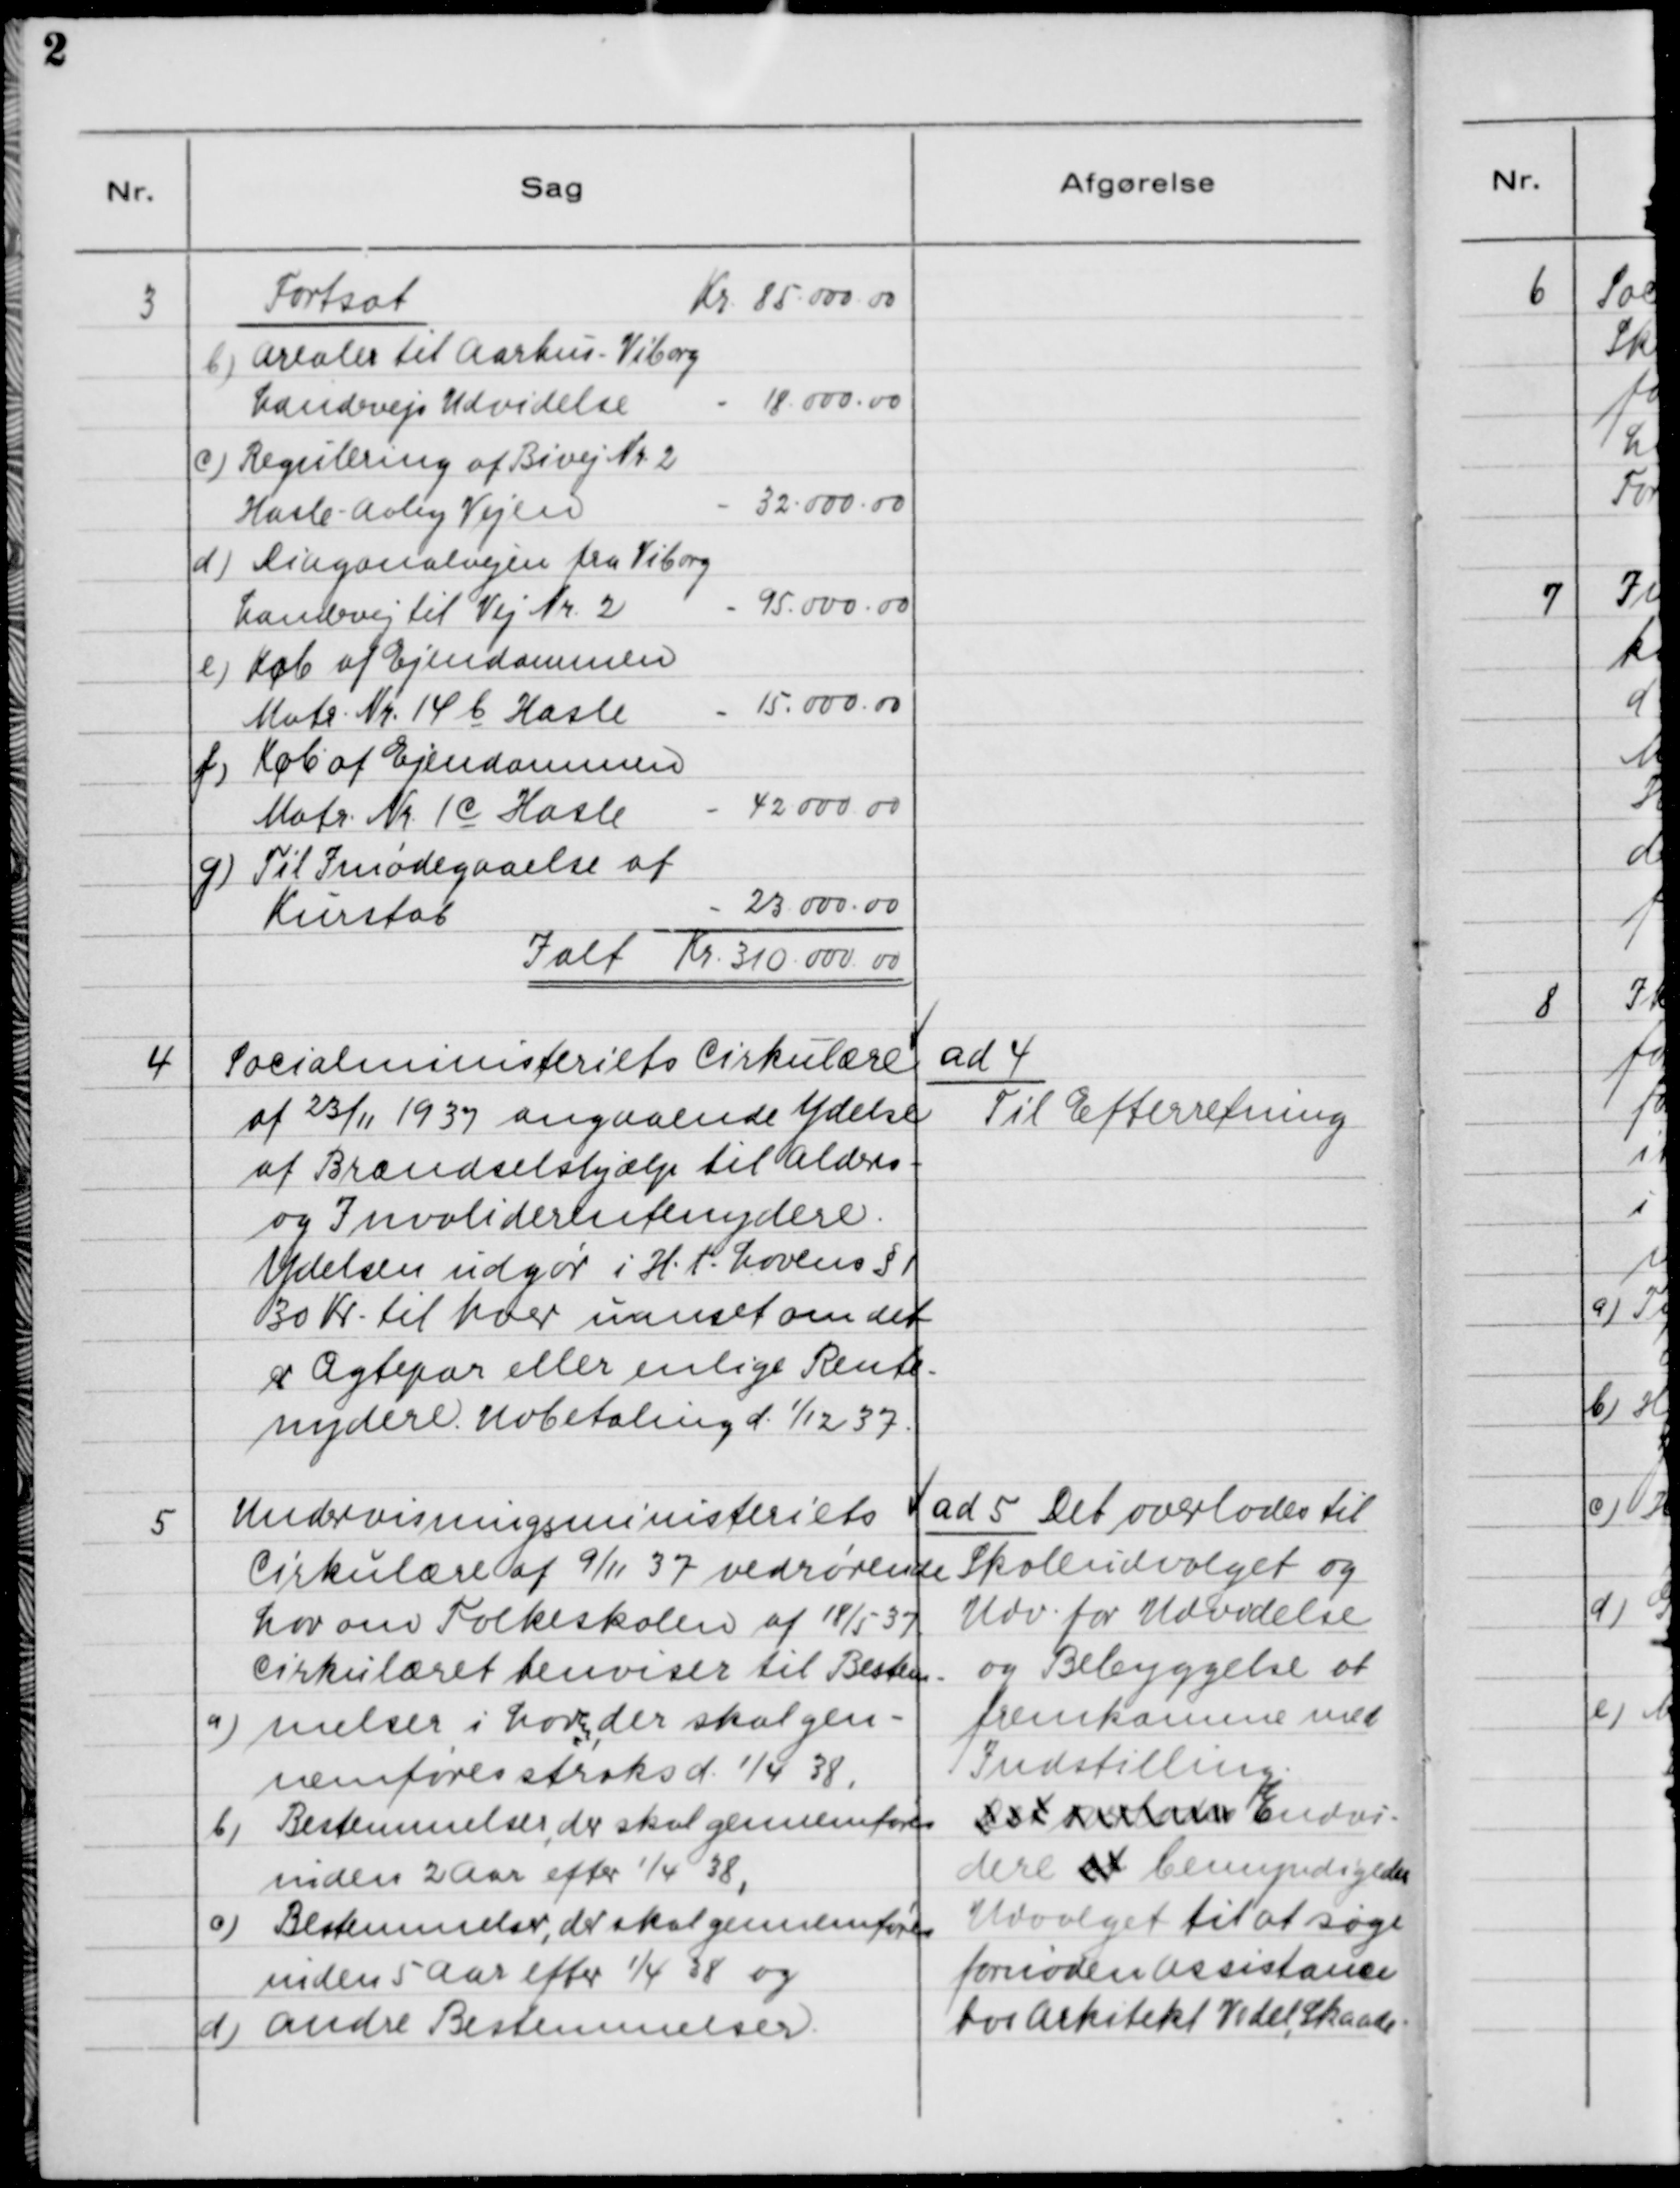
Transskription:
Fortsat
Kr. 85.000.00
3
b) Arealer til Aarhus - Viborg 
Landevejs Udvidelse
- 18.000.00
c) Regulering af Bivej Nr. 2
Hasle - Aaby Vejen
- 32.000.00
d) Diagonalvejen fra Viborg
Landevej til Vej Nr. 2
- 95.000.00
e) Køb af Ejendommen
Matr. Nr. 14 b Hasle
- 15.000.00
f) Køb af Ejendommen
Matr. Nr. 1c Hasle
- 42.000.00
g) Til Imødegaaelse af

Kurstab
Ialt Kr. 310.000.00

4.
Socialministeriets Cirkulære
af 23/11 1937 angaaende Ydelse
af Brændselshjælp til Alders-
og Invaliderentenydere.
Ydelsen udgør i H.t. Lovens §1
30 Kr. til hver uanset om det
er Ægtepar eller enlige Rente-
nydere. Udbetaling d. 1/12 37.

ad 4.
Til Efterretning.

5
Undervisningsministeriets
Cirkulære af 9/11 37 vedrørende
Lov om Folkeskolen af 18/5 37.
Cirkulæret henviser til Bestem-
a) melser i Love, der skal gen-
nemføres straks d. 1/4 38,
b) Bestemmelser, der skal gennemføres
inden 2 Aar efter 1/4 38,
c) Bestemmelser, der skal gennemføres
inden 5 Aar efter 1/4 38 og
d) Andre Bestemmelser.

ad 5. Det overlades til
Skoleudvalget og
Udv. for Udvidelse
og Bebyggelse at
fremkomme med
Indstilling.
Det overlades Endvi-
dere at bemyndigedes
Udvalget til at søge
fornøden Assistance
hos Arkitekt Vedel, Skaade